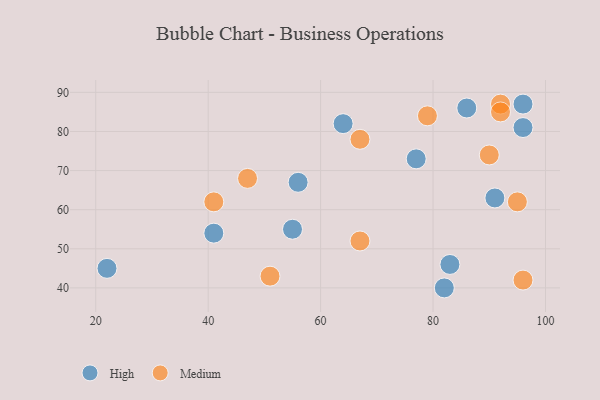
{"axis": {"x": "GDP", "y": "Life Expectancy"}, "legend": ["High", "Medium"], "data": [{"x": "64", "y": 82, "type": "High"}, {"x": "96", "y": 87, "type": "High"}, {"x": "91", "y": 63, "type": "High"}, {"x": "83", "y": 46, "type": "High"}, {"x": "77", "y": 73, "type": "High"}, {"x": "82", "y": 40, "type": "High"}, {"x": "96", "y": 81, "type": "High"}, {"x": "56", "y": 67, "type": "High"}, {"x": "86", "y": 86, "type": "High"}, {"x": "22", "y": 45, "type": "High"}, {"x": "55", "y": 55, "type": "High"}, {"x": "41", "y": 54, "type": "High"}, {"x": "47", "y": 68, "type": "Medium"}, {"x": "92", "y": 87, "type": "Medium"}, {"x": "90", "y": 74, "type": "Medium"}, {"x": "51", "y": 43, "type": "Medium"}, {"x": "67", "y": 52, "type": "Medium"}, {"x": "79", "y": 84, "type": "Medium"}, {"x": "96", "y": 42, "type": "Medium"}, {"x": "95", "y": 62, "type": "Medium"}, {"x": "67", "y": 78, "type": "Medium"}, {"x": "92", "y": 85, "type": "Medium"}, {"x": "41", "y": 62, "type": "Medium"}]}